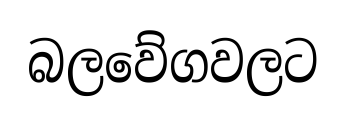
බලවේගවලට